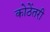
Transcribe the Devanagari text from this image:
कोठेंतरी